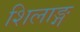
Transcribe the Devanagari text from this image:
शिलाङ्ग